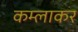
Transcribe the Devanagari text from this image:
कम्लाकर